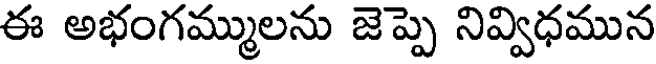
ఈ అభంగమ్ములను జెప్పె నివ్విధమున